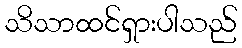
သိသာထင်ရှားပါသည်